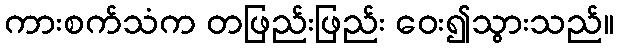
ကားစက်သံက တဖြည်းဖြည်း ဝေး၍သွားသည်။